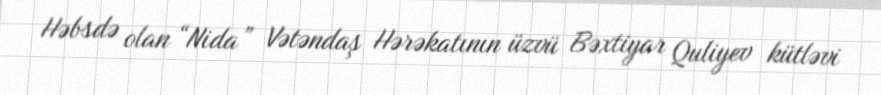
Həbsdə olan “Nida” Vətəndaş Hərəkatının üzvü Bəxtiyar Quliyev kütləvi